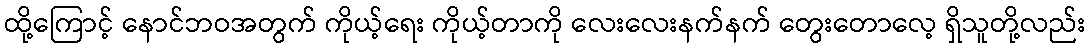
ထို့ကြောင့် နောင်ဘဝအတွက် ကိုယ့်ရေး ကိုယ့်တာကို လေးလေးနက်နက် တွေးတောလေ့ ရှိသူတို့လည်း